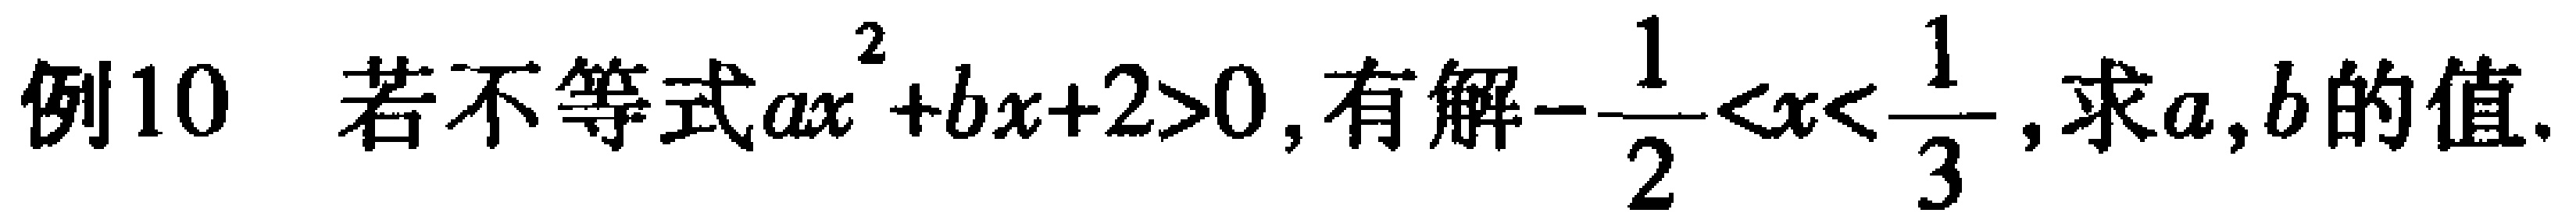
例10 若不等式\(ax^{2}+bx + 2>0\)，有解\(-\frac{1}{2}<x<\frac{1}{3}\)，求\(a,b\)的值.